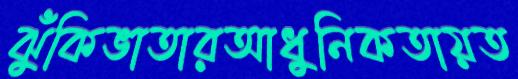
ঝুঁকিভাতারআধুনিকতায়ত